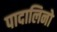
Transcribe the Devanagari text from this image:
पादालिनो